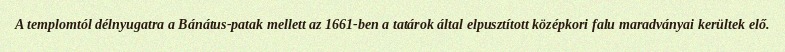
A templomtól délnyugatra a Bánátus-patak mellett az 1661-ben a tatárok által elpusztított középkori falu maradványai kerültek elő.